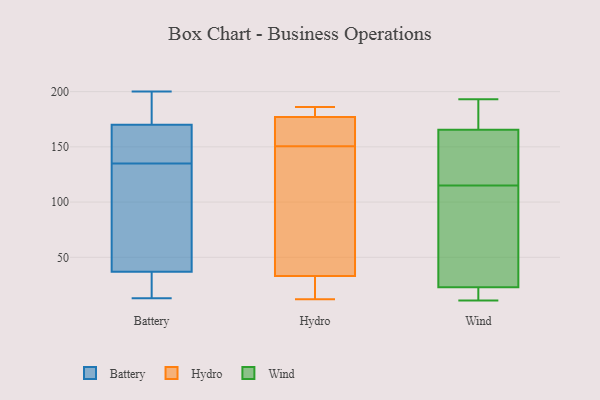
{"axis": {"x": "Waste Production (Tons)", "y": "Value"}, "legend": ["Battery", "Hydro", "Wind"], "data": [{"x": "", "y": 170, "type": "Battery"}, {"x": "", "y": 27, "type": "Battery"}, {"x": "", "y": 62, "type": "Battery"}, {"x": "", "y": 175, "type": "Battery"}, {"x": "", "y": 200, "type": "Battery"}, {"x": "", "y": 133, "type": "Battery"}, {"x": "", "y": 37, "type": "Battery"}, {"x": "", "y": 17, "type": "Battery"}, {"x": "", "y": 169, "type": "Battery"}, {"x": "", "y": 157, "type": "Battery"}, {"x": "", "y": 13, "type": "Battery"}, {"x": "", "y": 189, "type": "Battery"}, {"x": "", "y": 98, "type": "Battery"}, {"x": "", "y": 72, "type": "Battery"}, {"x": "", "y": 137, "type": "Battery"}, {"x": "", "y": 19, "type": "Battery"}, {"x": "", "y": 153, "type": "Battery"}, {"x": "", "y": 185, "type": "Battery"}, {"x": "", "y": 144, "type": "Hydro"}, {"x": "", "y": 33, "type": "Hydro"}, {"x": "", "y": 183, "type": "Hydro"}, {"x": "", "y": 158, "type": "Hydro"}, {"x": "", "y": 186, "type": "Hydro"}, {"x": "", "y": 177, "type": "Hydro"}, {"x": "", "y": 109, "type": "Hydro"}, {"x": "", "y": 157, "type": "Hydro"}, {"x": "", "y": 29, "type": "Hydro"}, {"x": "", "y": 12, "type": "Hydro"}, {"x": "", "y": 193, "type": "Wind"}, {"x": "", "y": 131, "type": "Wind"}, {"x": "", "y": 149, "type": "Wind"}, {"x": "", "y": 11, "type": "Wind"}, {"x": "", "y": 182, "type": "Wind"}, {"x": "", "y": 11, "type": "Wind"}, {"x": "", "y": 192, "type": "Wind"}, {"x": "", "y": 23, "type": "Wind"}, {"x": "", "y": 120, "type": "Wind"}, {"x": "", "y": 79, "type": "Wind"}, {"x": "", "y": 110, "type": "Wind"}, {"x": "", "y": 23, "type": "Wind"}]}